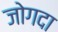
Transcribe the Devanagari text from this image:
जोगदा